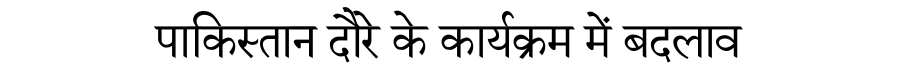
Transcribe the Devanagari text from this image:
पाकिस्तान दौरे के कार्यक्रम में बदलाव